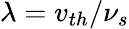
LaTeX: \lambda=v_{th}/\nu_{s}